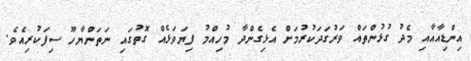
އިންޑިއާއާއި މެދު ގުޅުންތައް ވަރުގަދަކުރުމަށް އެޅިގެންދާ މުހިއްމު ފިޔަވަޅެއް ގޮތުގައި ނަތަންޔާހޫ ސިފަކުރިއެވެ.